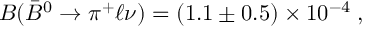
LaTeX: { \cal B } ( \bar { B } ^ { 0 } \to \pi ^ { + } \ell \nu ) = ( 1 . 1 \pm 0 . 5 ) \times 1 0 ^ { - 4 } \; ,